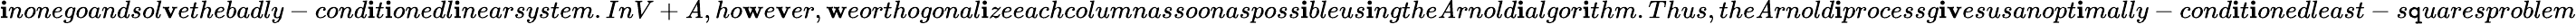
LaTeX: \mathbf{i}nonegoandsol\mathbf{v}ethebadly-cond\mathbf{i}t\mathbf{i}onedl\mathbf{i}nearsystem.InV+\mathit{A},ho\mathbf{w}e\mathbf{v}er,\mathbf{w}eorthogonal\mathbf{i}zeeachcolumnassoonasposs\mathbf{i}bleus\mathbf{i}ngthe\mathit{A}rnold\mathbf{i}algor\mathbf{i}thm.Thus,the\mathit{A}rnold\mathbf{i}processg\mathbf{i}\mathbf{v}esusanopt\mathbf{i}mally-cond\mathbf{i}t\mathbf{i}onedleast-s\mathtt{q}uaresproblem